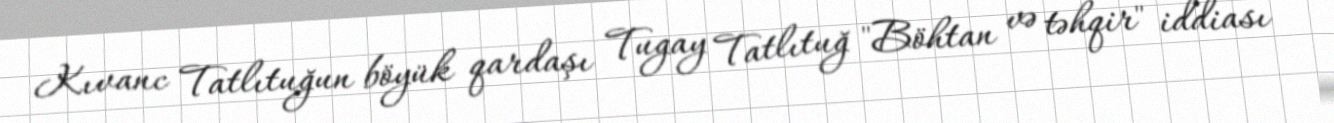
Kıvanc Tatlıtuğun böyük qardaşı Tugay Tatlıtuğ "Böhtan və təhqir" iddiası